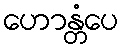
ဟောန္တံပေ